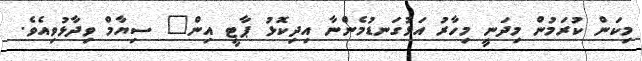
މިކަން ކުރަމުން މިދަނީ މިހާރު އަޅުގަނޑުމެންނާ އިދިކޮޅު ޕާޓީ އިން" ސިޔާމް ވިދާޅުވިއެވެ.